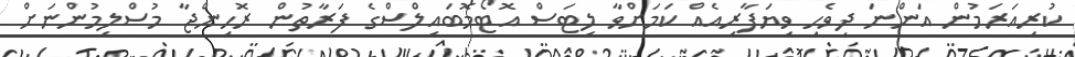
ކުރިއަރަމުން އަންނަ ދިވެހި ވިޔަފާރިއެއް ކަމަށްވާ ލިޓަސް އޮޓޯމޮބައިލްސްގެ ފަރާތުން ރޮހިންޖާ މުސްލިމުންނަށް